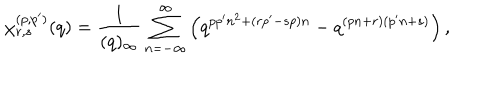
\chi _ { r , s } ^ { ( p , p ^ { \prime } ) } ( q ) = \frac { 1 } { ( q ) _ { \infty } } \sum _ { n = - \infty } ^ { \infty } \left( q ^ { p p ^ { \prime } n ^ { 2 } + ( r p ^ { \prime } - s p ) n } - q ^ { ( p n + r ) ( p ^ { \prime } n + s ) } \right) ,